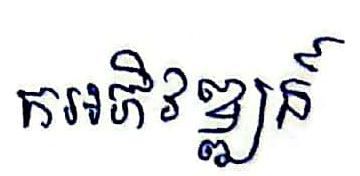
កអភិវឌ្ឍន៍